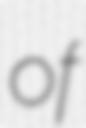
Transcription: of